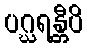
ပဂ္ဃရန္တီပိ